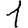
Digit: 1